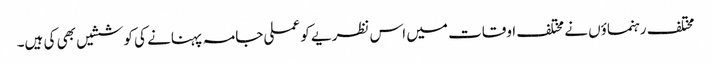
مختلف رہنماؤں نے مختلف اوقات میں اس نظریے کو عملی جامہ پہنانے کی کوششیں بھی کی ہیں۔